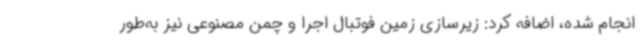
انجام شده، اضافه کرد: زیرسازی زمین فوتبال اجرا و چمن مصنوعی نیز به‌طور